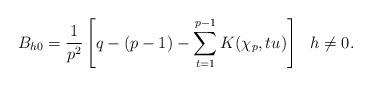
LaTeX: \begin{align*} B_{h0} = \frac{1}{p^2} \left[ q-(p-1)- \sum_{t=1}^{p-1} K(\chi_p, t u) \right] ~~h \neq 0. \end{align*}